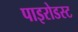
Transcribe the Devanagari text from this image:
पाइरोडस्ट